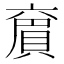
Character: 𠆄